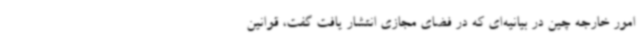
امور خارجه چین در بیانیه‌ای که در فضای مجازی انتشار یافت گفت، قوانین